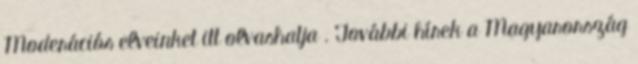
Moderációs elveinket itt olvashatja . További hírek a Magyarország